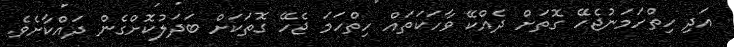
އަދި ހިތްހަމަނުޖެހޭ ގޮތަށް ދެއްކޭ ވާހަކަތައް ހިތްހަމަ ޖެހޭ ގޮތަކަށް ބަދަލުކޮށްގެން ދައްކާށެވެ.